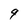
Character: 9